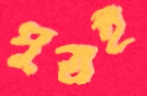
পুত্রই